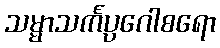
သမ္မာသင်္ကပ္ပဂေါစရော